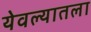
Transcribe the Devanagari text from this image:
येवल्यातला